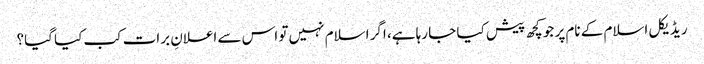
ریڈیکل اسلام کے نام پر جو کچھ پیش کیا جا رہا ہے، اگر اسلام نہیں تو اس سے اعلانِ برات کب کیا گیا؟